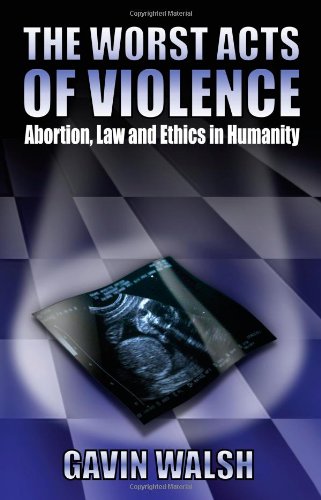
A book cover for The Worst Acts of Violence: Abortion, Law and Ethics in Humanity; Gavin Walsh; Politics & Social Sciences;